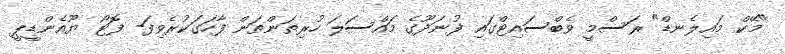
"މޭކް މައިލެނޑް" ރަސްމީ ވެބްސައިޓްގައި ފުނަދޫގެ މައްސަލަ ހުރިތަންތަން ފާހަގަކުރެވިފަ- ފޮޓޯ ޔޫއެންޑީޕީ